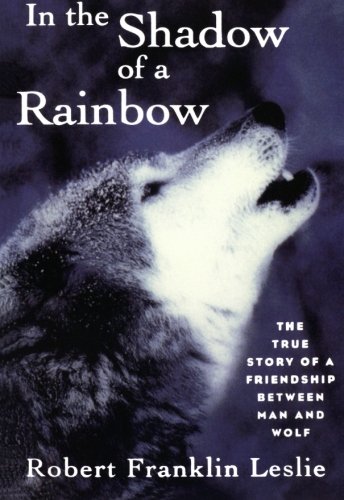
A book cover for In the Shadow of a Rainbow: The True Story of a Friendship Between Man and Wolf; Robert Franklin Leslie; Literature & Fiction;